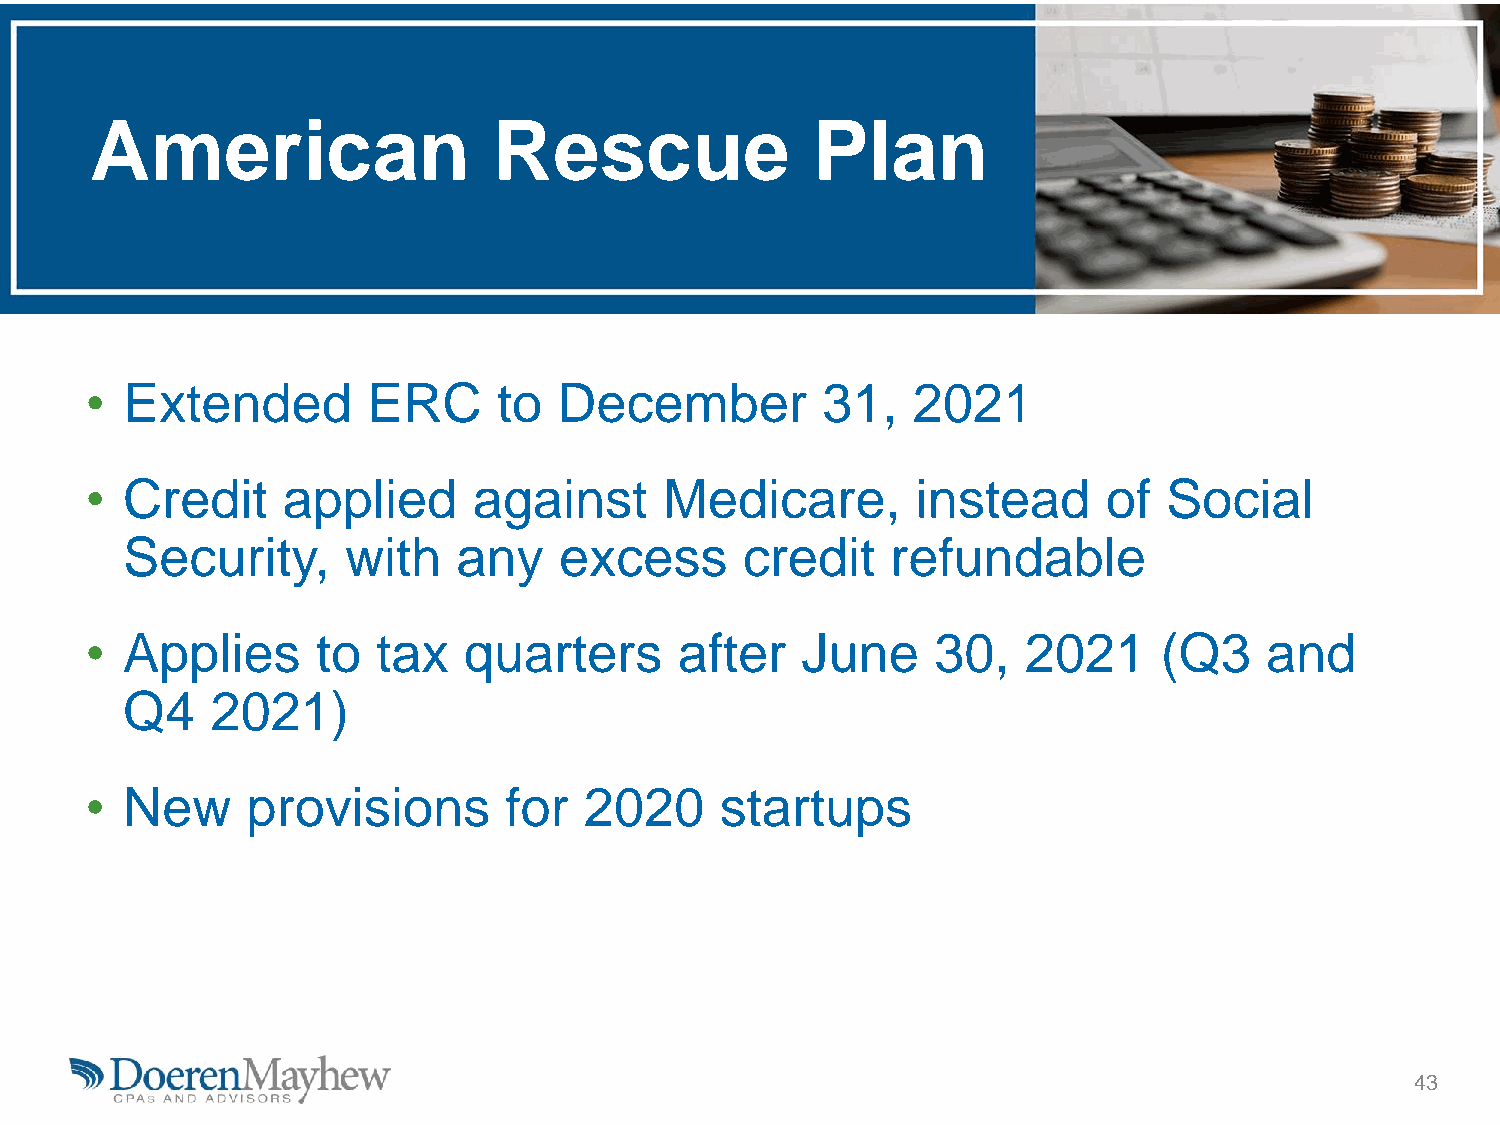
American                   Rescue               Plan
 • Extended        ERC      to  December         31,   2021
 • Credit     applied     against      Medicare,        instead     of  Social
 Security,      with   any    excess      credit    refundable
 • Applies      to  tax   quarters      after   June     30,   2021     (Q3    and
 Q4    2021)
 • New     provisions       for   2020     startups
 43